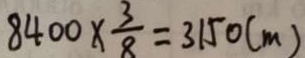
8 4 0 0 \times \frac { 3 } { 8 } = 3 1 5 0 ( m )